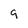
Character: 9